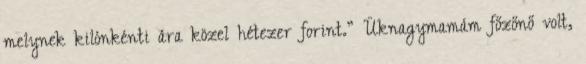
melynek kilónkénti ára közel hétezer forint.” Üknagymamám főzőnő volt,